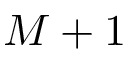
M + 1